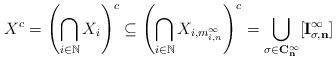
LaTeX: \begin{align*}X^c = \left(\bigcap_{i \in \mathbb{N}} X_i\right)^c \subseteq \left(\bigcap_{i \in \mathbb{N}} X_{i,m_{i,n}^{\infty}}\right)^c = \bigcup_{\sigma \in \mathbf{C_n^{\infty}}} [\mathbf{I_{\sigma,n}^{\infty}}]\end{align*}